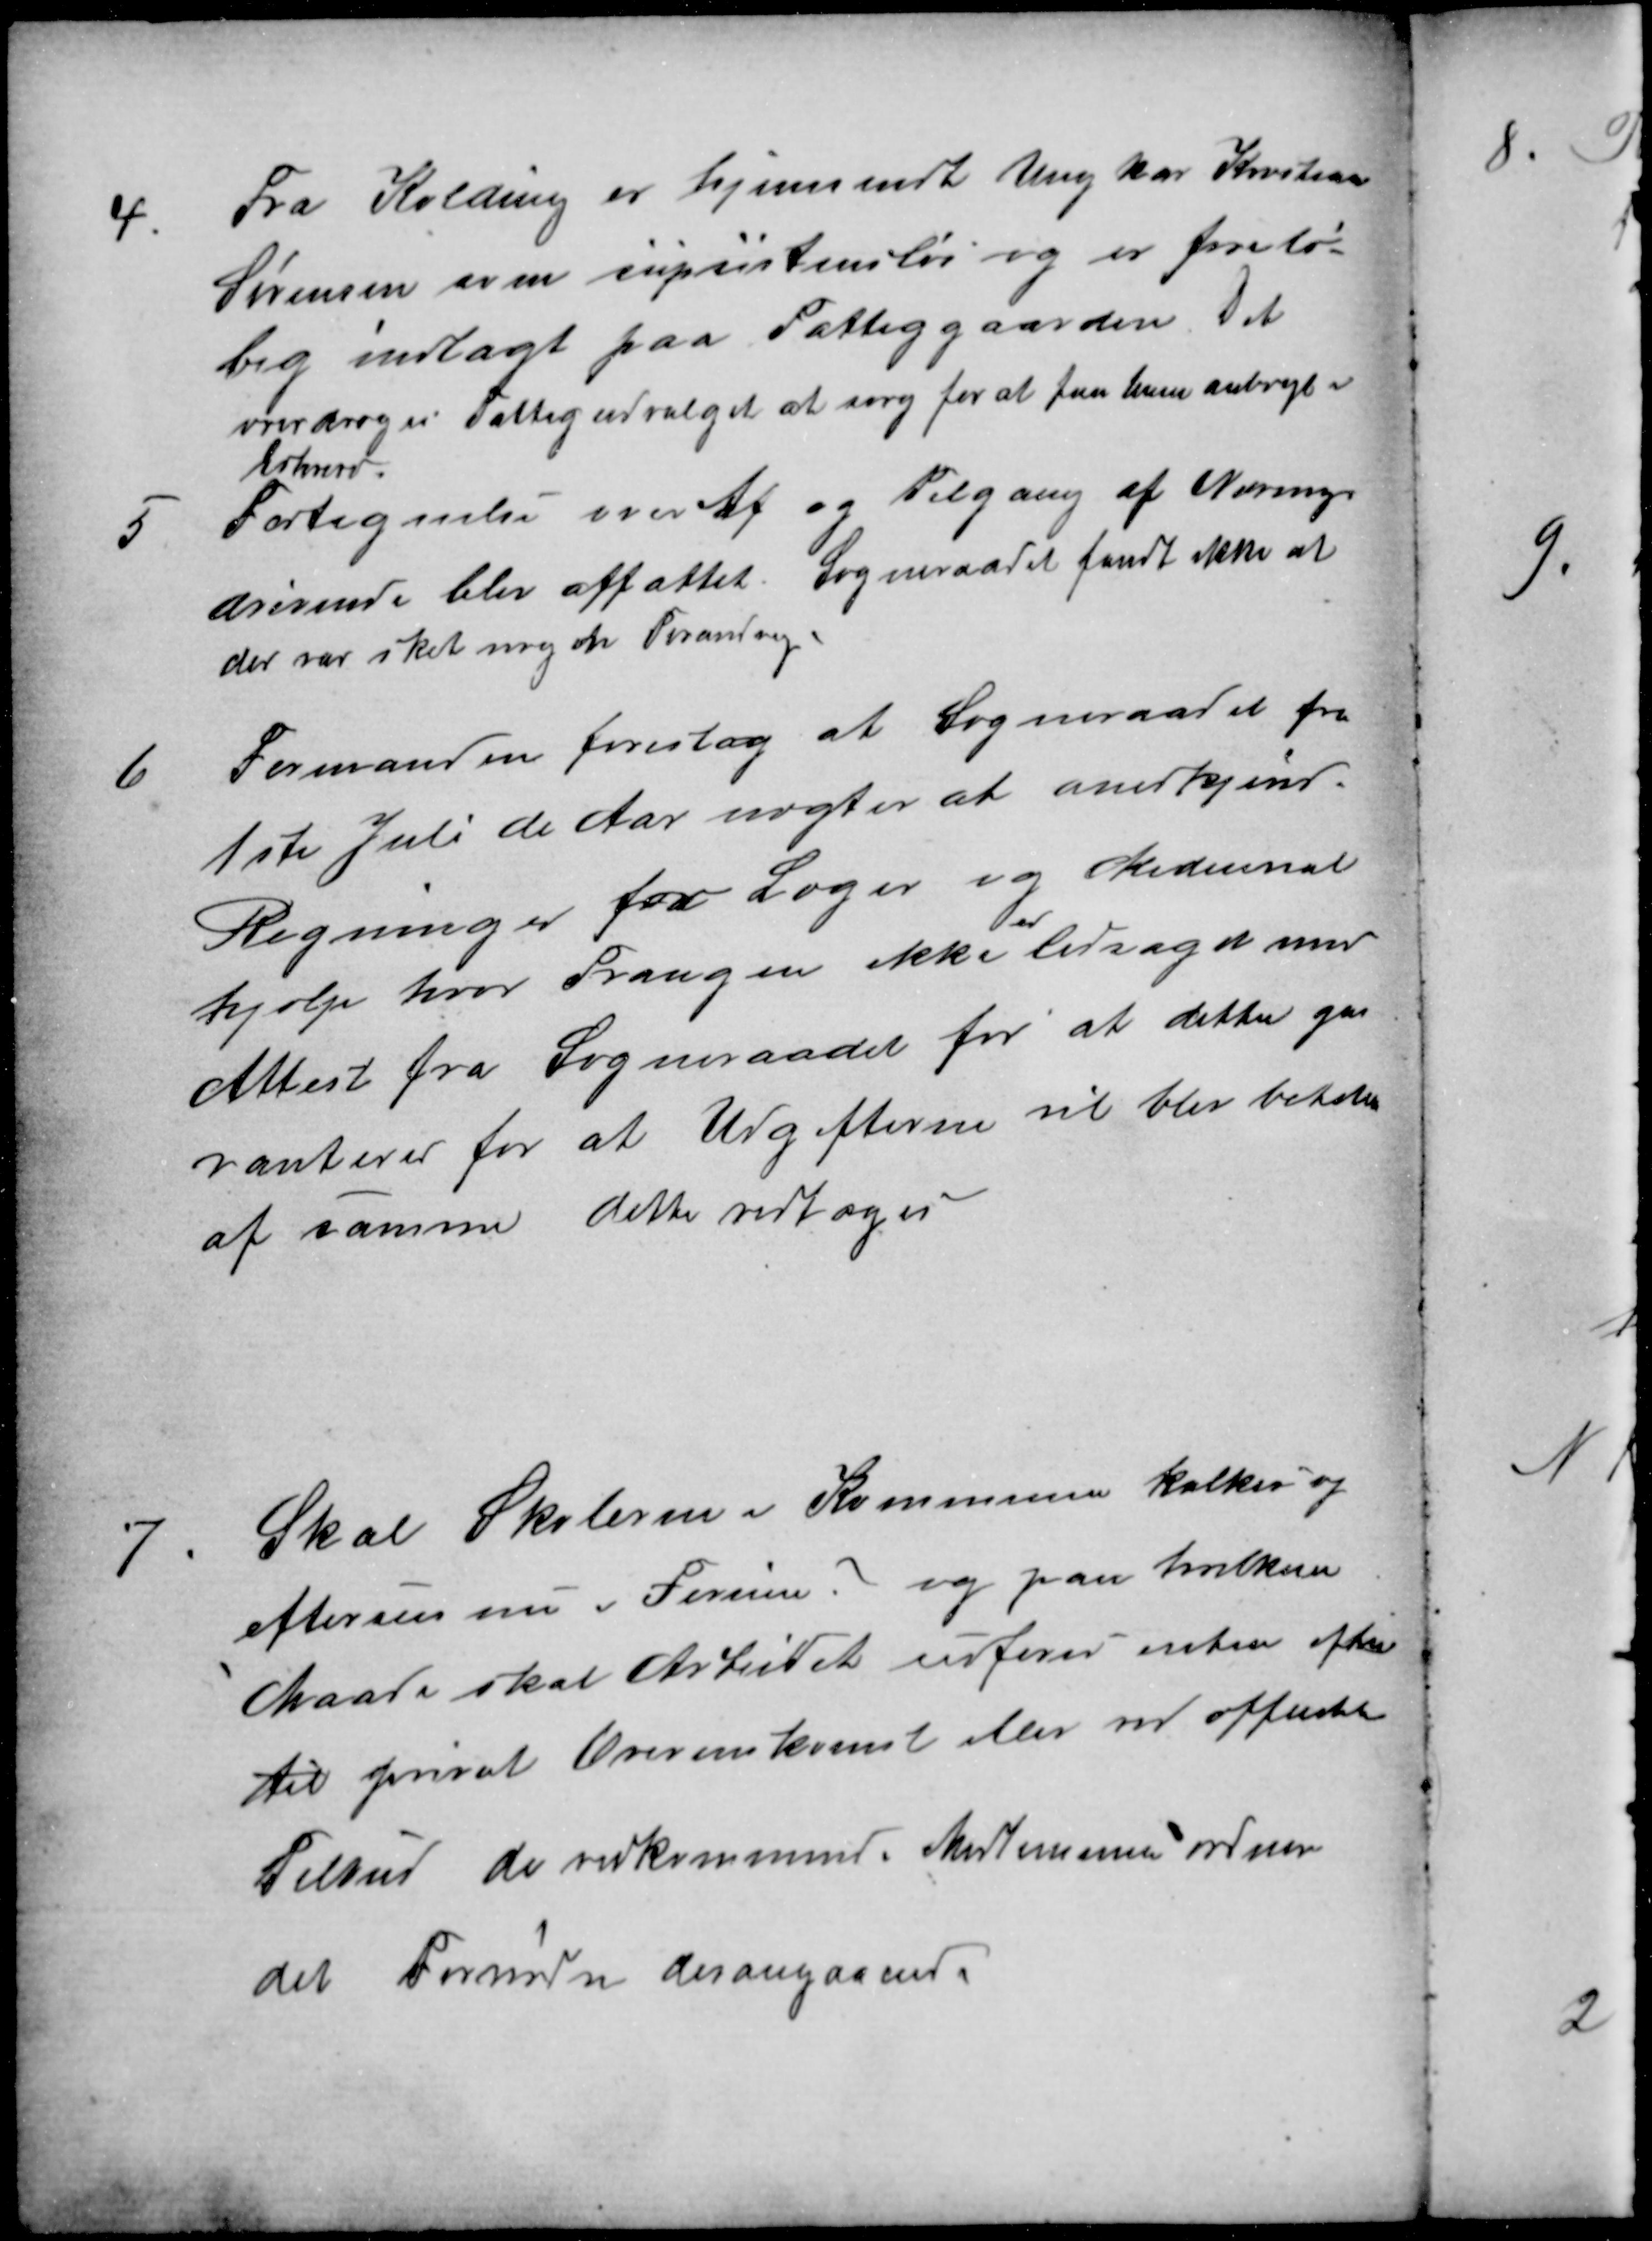
Transskription:
4.
Fra Kolding er hjemsendt Ung kar Kristian
Sørensen som supsistensløs og er forelø-
big indlagt paa Fattiggaarden. Det
overdroges Fattigudvalget at sørg for at faa ham anbragt i
Erhverv.
5
Fortegnelse over Af og Tilgang af Nærings
drivende blev affattet. Sogneraadet fandt ikke at
der var sket nogen Forandring.
6
Formanden foreslog at Sogneraadet fra
1ste Juli de Aar nægter at anerkjende
Regninger for Læger og Medicinal
hjælp hvor Trangen ikke
er
ledsaget med
Attest fra Sogneraadet for at dette ga-
ranterer for at Udgifterne vil blev betalt
af samme dette vedtoges
7
Skal Skolerne i Kommunen kalkes og
efterses nu i Ferien? og paa hvilken
Maade skal Arbeidet udføres enten efter
til privat Overenskomst eller ved offentlig
Tilbud de vedkommende Medlemmer ordner
det Fornødne desangaaende